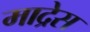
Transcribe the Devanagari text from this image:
माद्रेस